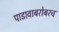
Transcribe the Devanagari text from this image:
पाडावाबरोबरच